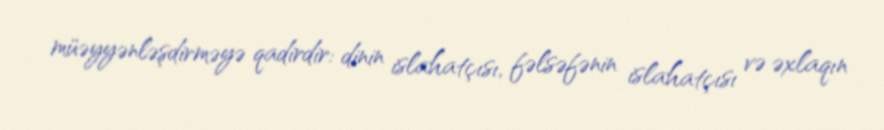
müəyyənləşdirməyə qadirdir: dinin islahatçısı, fəlsəfənin islahatçısı və əxlaqın